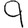
Digit: 9